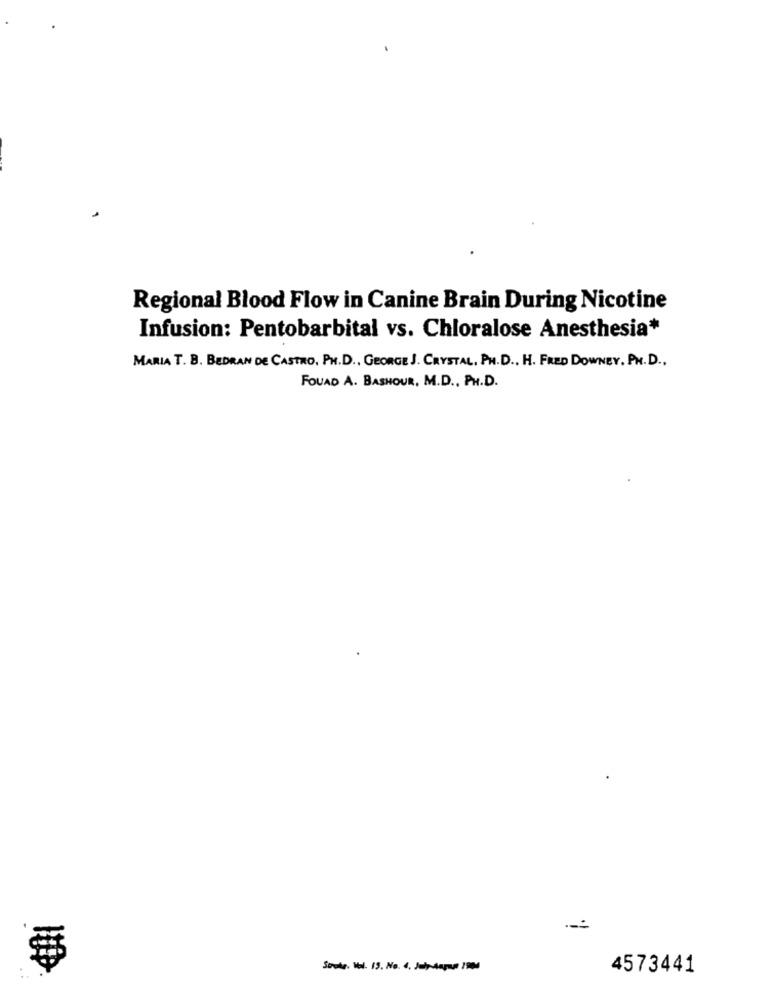
Regional Blood Flow in Canine Brain During Nicotine
Infusion: Pentobarbital vs. Chloralose Anesthesia*
MARIA T. B. BEDRAN DE CASTRO, PH.D ., GEORGE J. CRYSTAL, PH. D ., H. FRED DOWNEY. PH. D .,
FOUAD A. BASHOUR, M.D ., PH.D.
Stroke. Wol. 15. No. 4. Julp-Aapun 1904
4573441